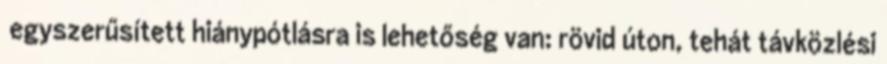
egyszerűsített hiánypótlásra is lehetőség van: rövid úton, tehát távközlési